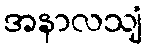
အနာလသျံ